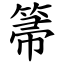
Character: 箒